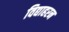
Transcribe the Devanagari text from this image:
विद्याहरन